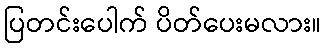
ပြတင်းပေါက် ပိတ်ပေးမလား။